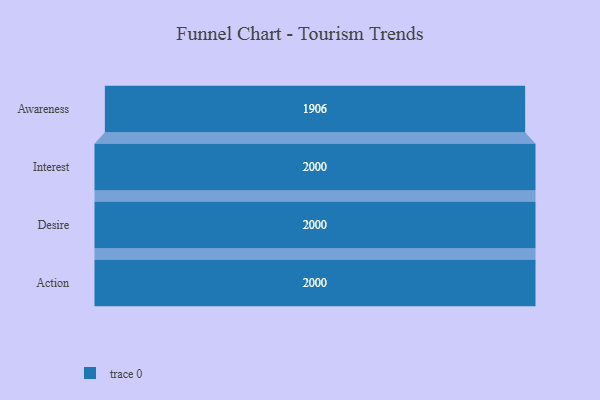
{"axis": {"x": "Stage", "y": "Value"}, "legend": [""], "data": [{"x": "Awareness", "y": 1906.0, "type": ""}, {"x": "Interest", "y": 2000, "type": ""}, {"x": "Desire", "y": 2000, "type": ""}, {"x": "Action", "y": 2000, "type": ""}]}